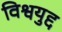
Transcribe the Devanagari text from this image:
विश्वयुद्द